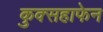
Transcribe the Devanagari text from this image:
कुक्सहाफेन